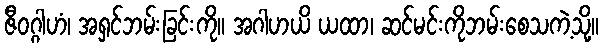
ဇီဝဂ္ဂါဟံ၊ အရှင်ဘမ်းခြင်းကို။ အဂါဟယိ ယထာ၊ ဆင်မင်းကိုဘမ်းစေသကဲ့သို့။